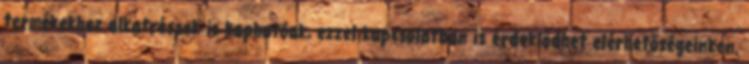
termékekhez alkatrészek is kaphatóak, ezzel kapcsolatban is érdeklődhet elérhetőségeinken.